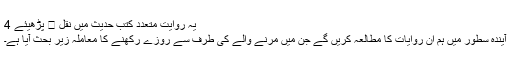
یہ روایت متعدد کتب حدیث میں نقل � پڑھیئے 4
آیندہ سطور میں ہم ان روایات کا مطالعہ کریں گے جن میں مرنے والے کی طرف سے روزے رکھنے کا معاملہ زیر بحث آیا ہے۔